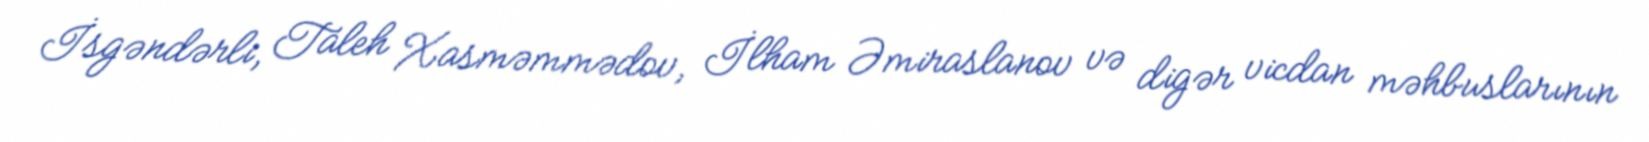
İsgəndərli, Taleh Xasməmmədov, İlham Əmiraslanov və digər vicdan məhbuslarının